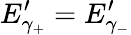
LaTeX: E_{\gamma_{+}}^{\prime}=E_{\gamma_{-}}^{\prime}